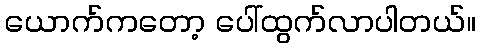
ယောက်ကတော့ ပေါ်ထွက်လာပါတယ်။